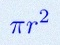
\pi r^2